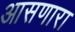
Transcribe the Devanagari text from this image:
आसणारा